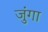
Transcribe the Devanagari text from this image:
जुंगा